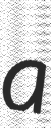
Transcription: a